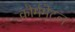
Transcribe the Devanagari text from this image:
कौर्ममेटल